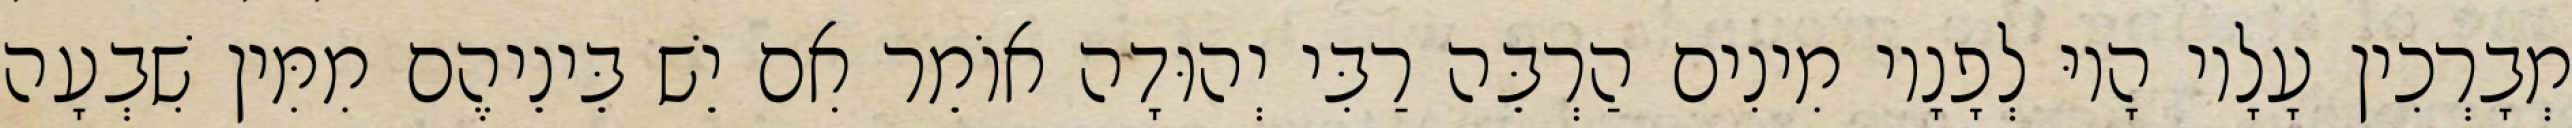
מְבָרְכִין עָלָיו הָיוּ לְפָנָיו מִינִים הַרְבֵּה רַבִּי יְהוּדָה אוֹמֵר אִם יֵשׁ בֵּינֵיהֶם מִמִּין שִׁבְעָה